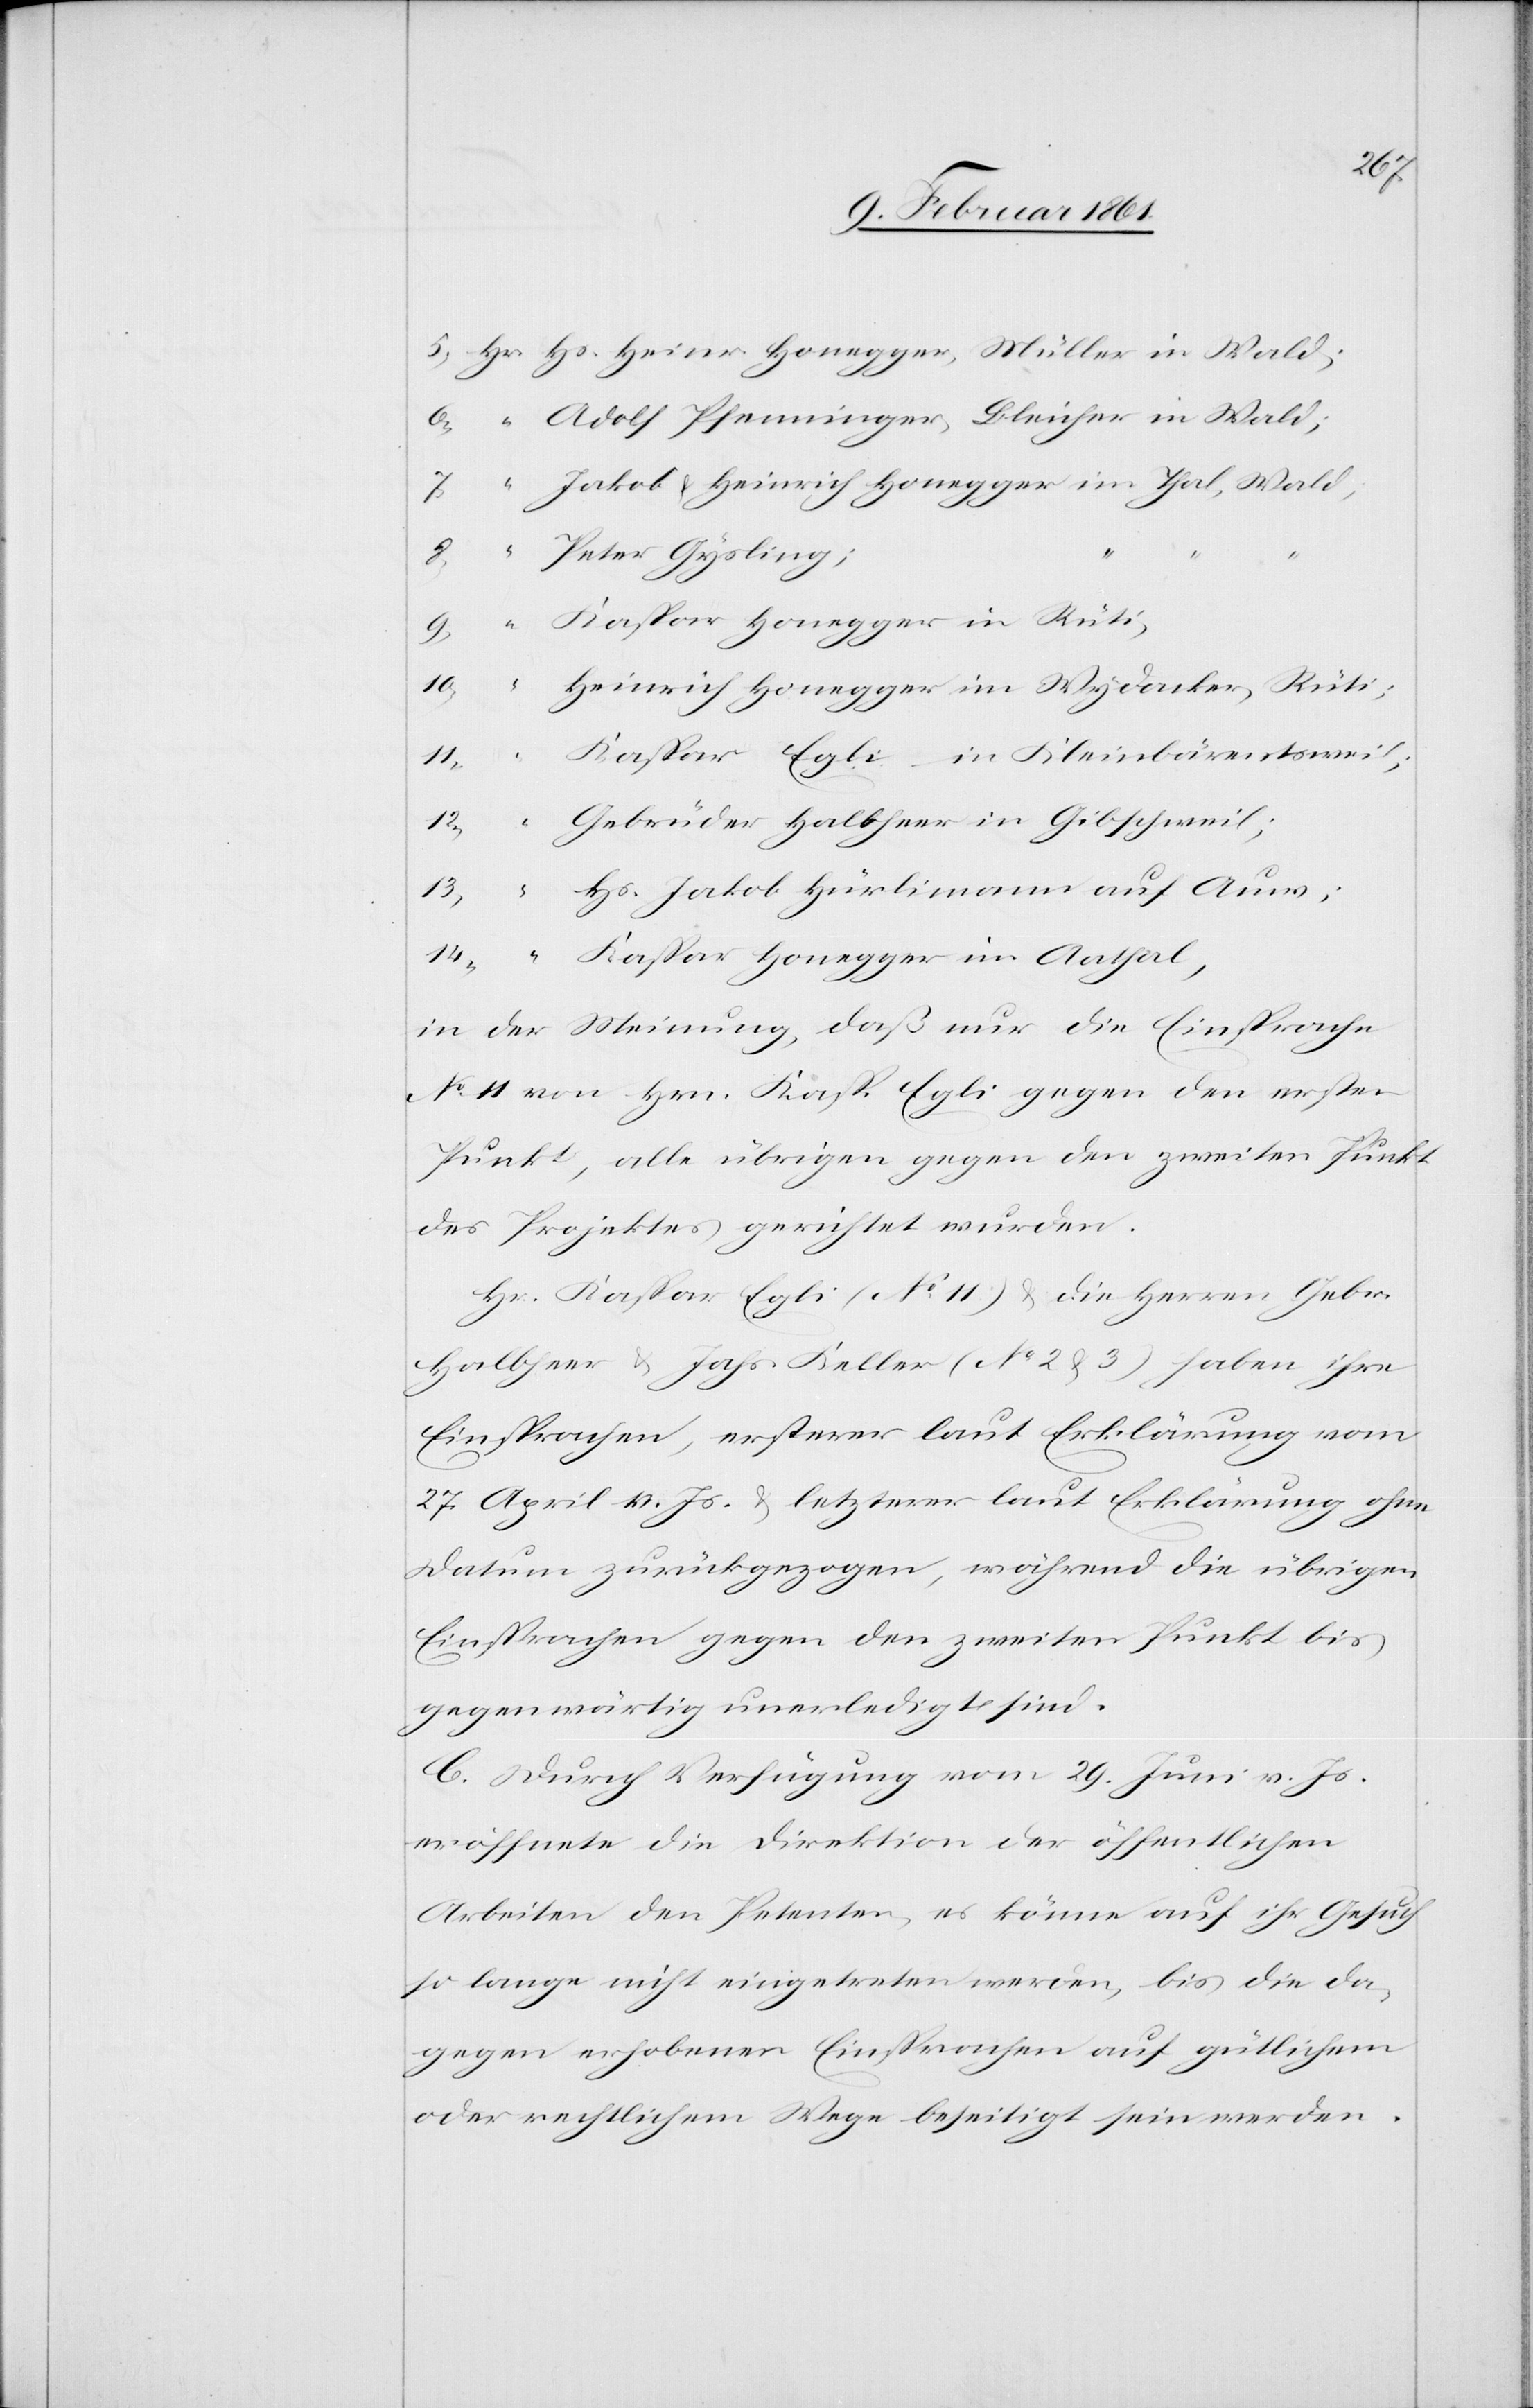
Hs. Heiner Honegger, Müller in Wald
Adolf Pfenninger, Bleicher in Wald;
Peter Gysling;
Kaspar Honegger in Rüti,
Heinrich Honegger im Wydacker, Rüti;
Kaspar Egli, in Kleinbärentsweil;
Gebrüder Halbheer in Gibschweil;
Hs. Jakob Hürlimann auf Auw;
Kaspar Honegger im Aathal,
in der Meinung, daß nur die Einsprache
No 11 von Hrn. Kasp. Egli gegen den ersten
Punkt, alle übrigen gegen den zweiten Punkt
des Projektes gerichtet wurden.
Hs. Kaspar Egli (No 11) u. die Herren Gebr.
Halbheer u. Joh. Keller (No 2 u. 3) haben ihre
Einsprachen, ersterer laut Erklärung vom
27. April v. Js. u. letzterer laut Erklärung ohne
Datum zurückgezogen, während die übrigen
Einsprachen gegen den zweiten Punkt bis
gegenwärtig unerledigt sind.
C. Durch Verfügung vom 29. Juni v. Js.
eröffnete die Direktion der öffentlichen
Arbeiten den Petenten, es könne auf ihr Gesuch
so lange nicht eingetreten werden, bis die da¬
gegen erhobenen Einsprachen auf gütlichem
oder rechtlichem Wege beseitigt sein werden.

14)